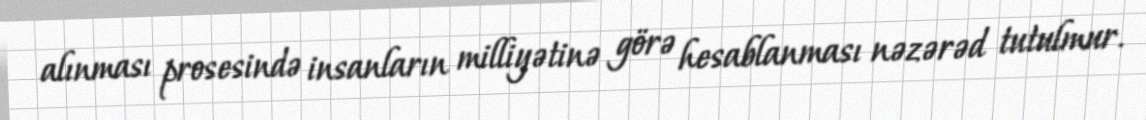
alınması prosesində insanların milliyətinə görə hesablanması nəzərəd tutulmur.